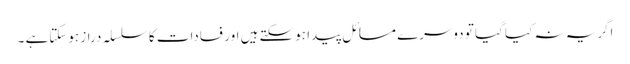
اگریہ نہ کیا گیا تو دوسرے مسائل پیدا ہوسکتے ہیں اور فسادات کا سلسلہ دراز ہوسکتاہے ۔